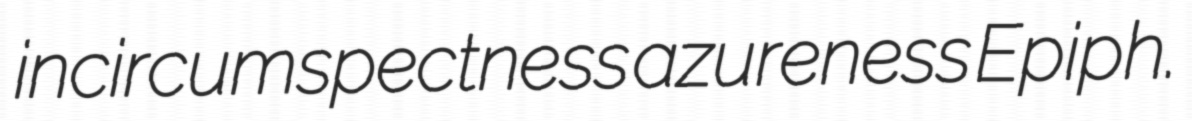
incircumspectness azureness Epiph.